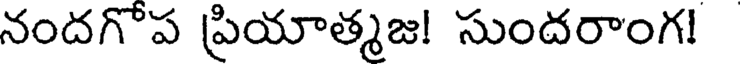
నందగొప ప్రియాత్మజ! సుందరాంగ!